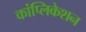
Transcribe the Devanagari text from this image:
कांप्लिकेशन